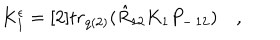
K _ { 1 } ^ { \epsilon } = [ 2 ] t r _ { q ( 2 ) } ( \hat { R } _ { 1 2 } K _ { 1 } P _ { - \, 1 2 } ) \quad ,